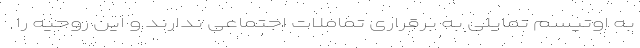
به اوتیسم تمایلی به برقراری تماملات اجتماعی ندارند و این روحیه را